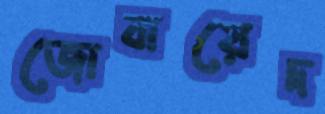
জোবায়েদ